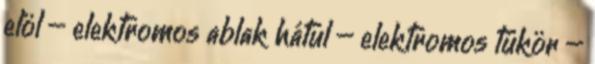
elöl – elektromos ablak hátul – elektromos tükör –